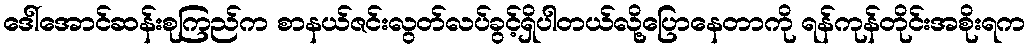
ဒေါ်အောင်ဆန်းစုကြည်က စာနယ်ဇင်းလွတ်လပ်ခွင့်ရှိပါတယ်လို့ပြောနေတာကို ရန်ကုန်တိုင်းအစိုးရက